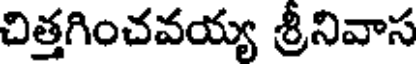
చిత్తగించవయ్య శ్రీనివాస